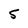
Character: 5